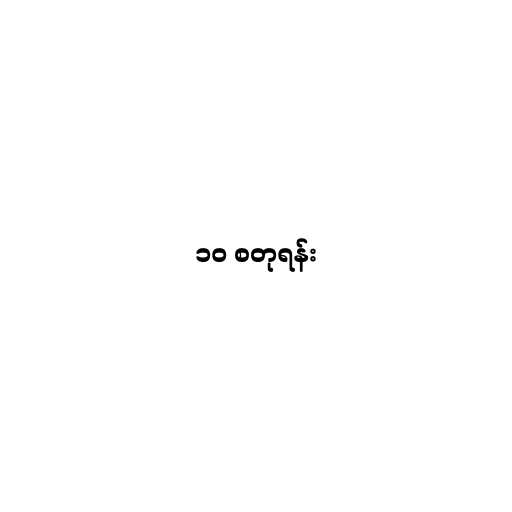
၁၀ စတုရန်း